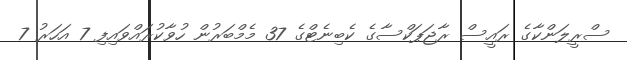
ސްރީލަންކާގެ ރައީސް ރާޖަޕަކްސާގެ ކެބިނެޓްގެ 37 މެމްބަރުން ހުވާކުރައްވައިފި 7 އަހަރު 7